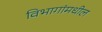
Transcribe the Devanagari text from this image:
विभागांमधील